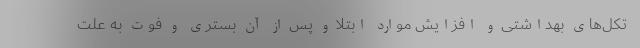
تکل‌های بهداشتی و افزایش موارد ابتلا و پس از آن بستری و فوت به علت